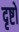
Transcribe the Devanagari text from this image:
दृष्टो